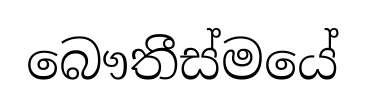
බෞතීස්මයේ